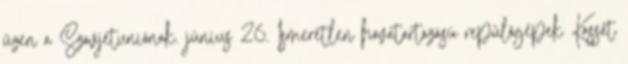
üzen a Szovjetuniónak. június 26. Ismeretlen hovatartozású repülõgépek Kassát